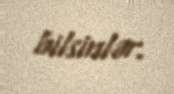
bilsinlər.